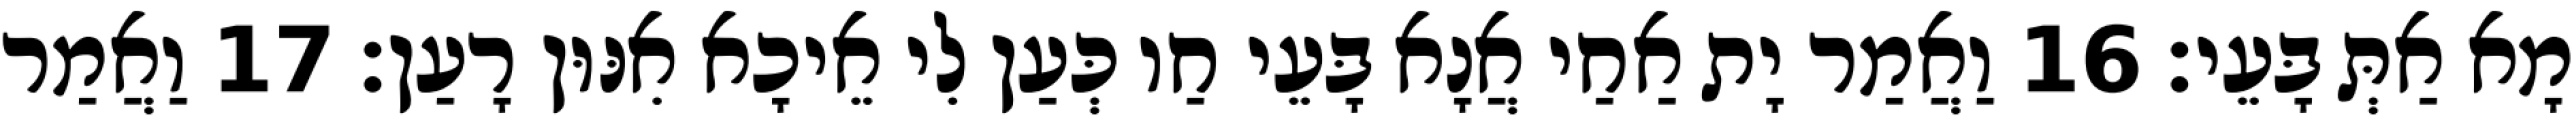
מָא אַתְּ בָּעֵי׃ 16 וַאֲמַר יָת אַחַי אֲנָא בָּעֵי חַו כְּעַן לִי אֵיכָא אִנּוּן רָעַן׃ 17 וַאֲמַר